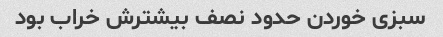
سبزی خوردن حدود نصف بیشترش خراب بود